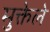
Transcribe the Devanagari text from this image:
मुक्तेले